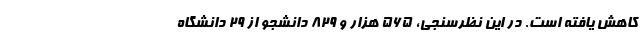
کاهش یافته است. در این نظرسنجی، ۵۶۵ هزار و ۸۲۹ دانشجو از ۲۹ دانشگاه